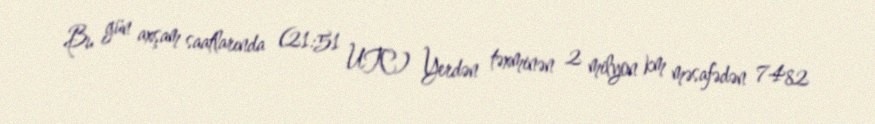
Bu gün axşam saatlarında (21:51 UTC) Yerdən təxminən 2 milyon km məsafədən 7482